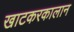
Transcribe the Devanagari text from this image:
खाटकरकालान